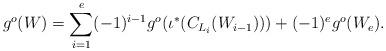
LaTeX: \begin{align*}g^o(W)= \sum _{i=1}^e(-1)^{i-1}g^o(\iota ^*(C_{L_i}(W_{i-1})))+(-1)^eg^o(W_e).\end{align*}